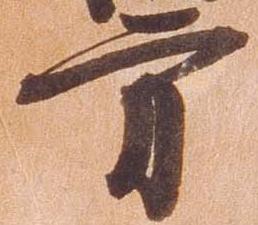
方